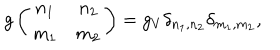
g \left( \begin{array} { c c } { { n _ { 1 } } } & { { n _ { 2 } } } \\ { { m _ { 1 } } } & { { m _ { 2 } } } \\ \end{array} \right) = g _ { V } \delta _ { n _ { 1 } , n _ { 2 } } \delta _ { m _ { 1 } , m _ { 2 } } ,